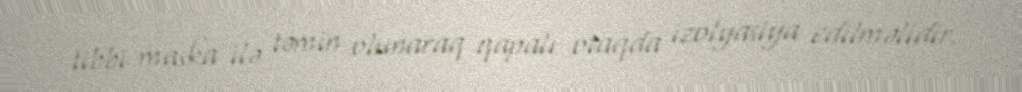
tibbi maska ilə təmin olunaraq qapalı otaqda izolyasiya edilməlidir.